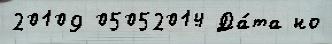
20109 05052014 Да́та но